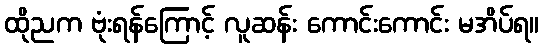
ထိုညက ဗုံးရန်ကြောင့် လူဆန်း ကောင်းကောင်း မအိပ်ရ။